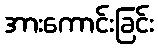
အားကောင်းခြင်း